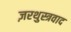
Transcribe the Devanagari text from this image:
ज़रथुस्त्रवाद